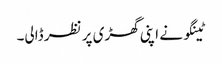
ٹینگو نے اپنی گھڑی پر نظر ڈالی۔